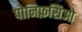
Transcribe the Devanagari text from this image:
पोनिफ़सिओ